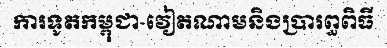
ការទូតកម្ពុជា-វៀតណាមនិងប្រារព្ធពិធី